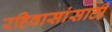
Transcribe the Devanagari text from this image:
रहिवासांसाठी